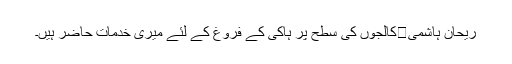
ریحان ہاشمی	کالجوں کی سطح پر ہاکی کے فروغ کے لئے میری خدمات حاضر ہیں۔